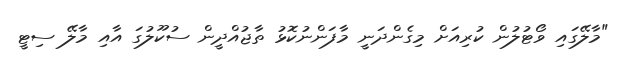
"މާލޭގައި ވޯޓުލުން ކުރިއަށް މިގެންދަނީ މާފަންނުކޮޅު ތާޖުއްދީން ސުކޫލުގަ އާއި މާލޭ ސިޓީ